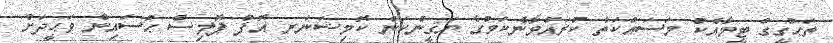
ތަޙުގީގް ޓީމާއެކު މަސައްކަތް ކުރައްވާނެކަމުގެ ޔަޤީންކަން ކޮމިޝަނަރ އޮފް ޕޮލިސް ޙުސައިން ވަޙީދަށް